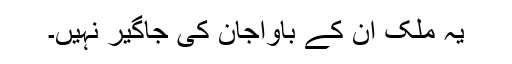
یہ ملک ان کے باواجان کی جاگیر نہیں۔